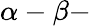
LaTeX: \alpha-\beta-